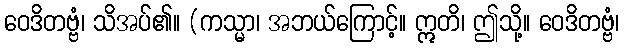
ဝေဒိတဗ္ဗံ၊ သိအပ်၏။ (ကသ္မာ၊ အဘယ်ကြောင့်။ ဣတိ၊ ဤသို့။ ဝေဒိတဗ္ဗံ၊